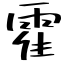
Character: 霍